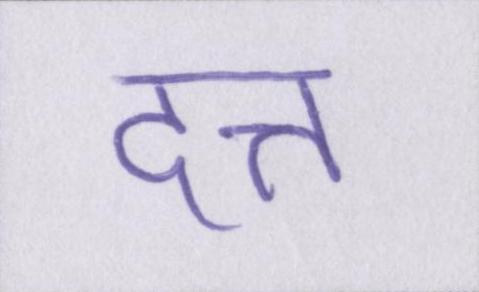
दत्त